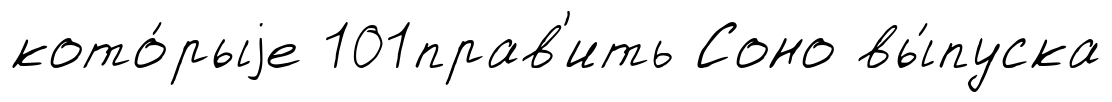
кото́рыjе 101прав'ить Соно вы́пуска